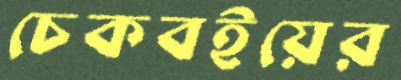
চেকবইয়ের